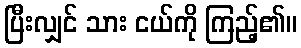
ပြီးလျှင် သား ငယ်ကို ကြည့်၏။